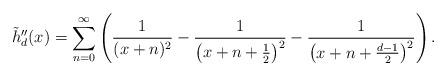
LaTeX: \begin{align*}\tilde{h}_d''(x) = \sum_{n=0}^\infty\left(\frac{1}{(x+n)^2}-\frac{1}{\left(x+n+\frac{1}{2}\right)^2}-\frac{1}{\left(x+n+\frac{d-1}{2}\right)^2}\right).\end{align*}